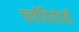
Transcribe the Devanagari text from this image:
चर्चविरोधी